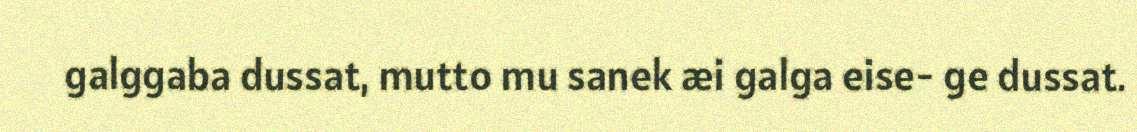
galggaba dussat, mutto mu sanek æi galga eise- ge dussat.